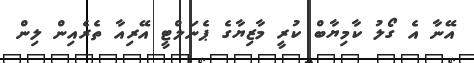
އޭނާ އެ ގޯލު ކާމިޔާބް ކުރީ މާޒިޔާގެ ޕެނަލްޓީ އޭރިއާ ތެރެއިން ލިން